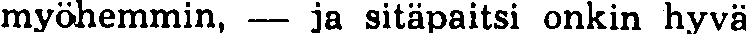
myöhemmin, — ja sitäpaitsi onkin hyvä